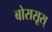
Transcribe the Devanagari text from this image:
बोरासूस्